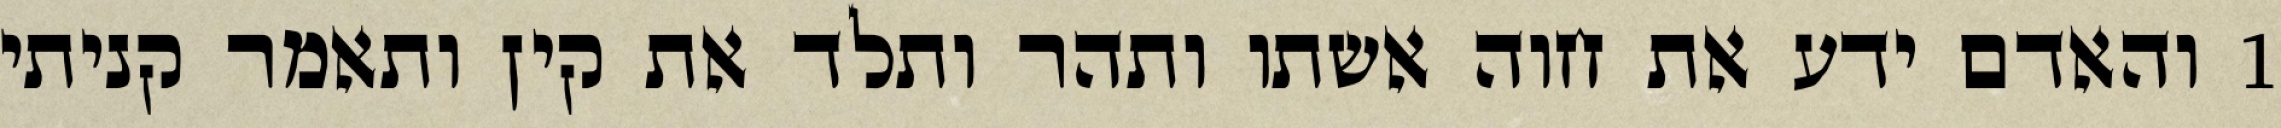
1 והאדם ידע את חוה אשתו ותהר ותלד את קין ותאמר קניתי